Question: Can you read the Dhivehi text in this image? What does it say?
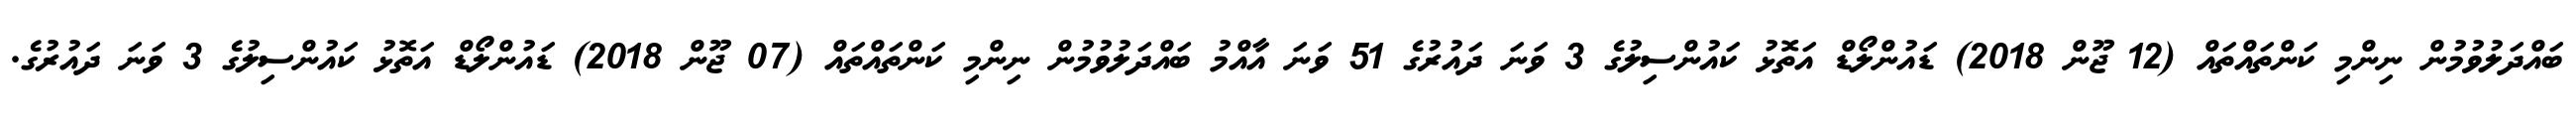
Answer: ބައްދަލުވުމުން ނިންމި ކަންތައްތައް (12 ޖޫން 2018) ޑައުންލޯޑް އަތޮޅު ކައުންސިލުގެ 3 ވަނަ ދައުރުގެ 51 ވަނަ އާއްމު ބައްދަލުވުމުން ނިންމި ކަންތައްތައް (07 ޖޫން 2018) ޑައުންލޯޑް އަތޮޅު ކައުންސިލުގެ 3 ވަނަ ދައުރުގެ.